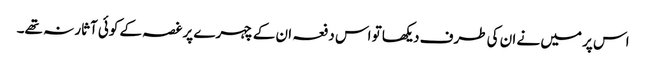
اس پر میں نے ان کی طرف دیکھا تو اس دفعہ ان کے چہرے پر غصہ کے کوئی آثار نہ تھے۔